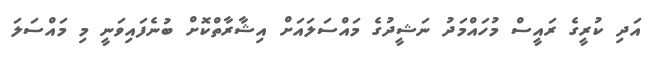
އަދި ކުރީގެ ރައީސް މުހައްމަދު ނަޝީދުގެ މައްސަލައަށް އިޝާރާތްކޮށް ބުނެފައިވަނީ މި މައްސަލަ